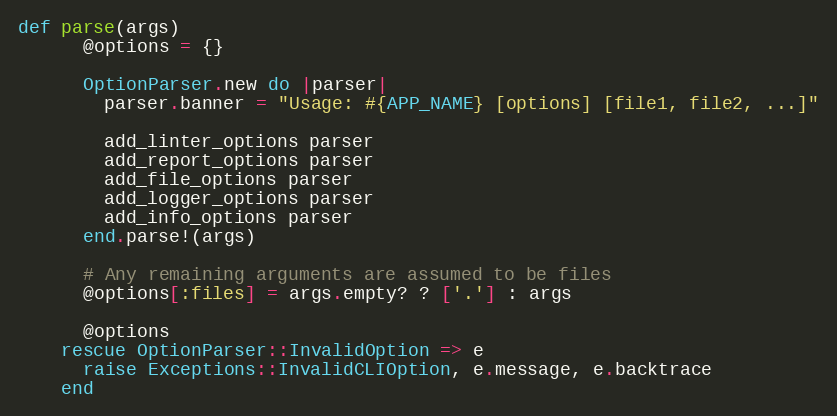
Language: Ruby
def parse(args)
      @options = {}

      OptionParser.new do |parser|
        parser.banner = "Usage: #{APP_NAME} [options] [file1, file2, ...]"

        add_linter_options parser
        add_report_options parser
        add_file_options parser
        add_logger_options parser
        add_info_options parser
      end.parse!(args)

      # Any remaining arguments are assumed to be files
      @options[:files] = args.empty? ? ['.'] : args

      @options
    rescue OptionParser::InvalidOption => e
      raise Exceptions::InvalidCLIOption, e.message, e.backtrace
    end